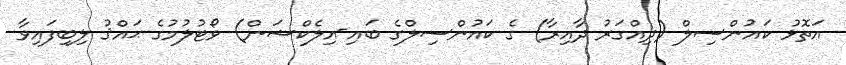
އަތޮޅު ކައުންސިލް (ދިއްގަރު ދާއިރާ) ގެ ކައުންސިލްގެ ބައި-އިލެކްޝަން) ވޯޓުލުމުގެ ޙައްޤު ލިބިފައިވާ